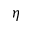
\eta